Elephants and their diseases
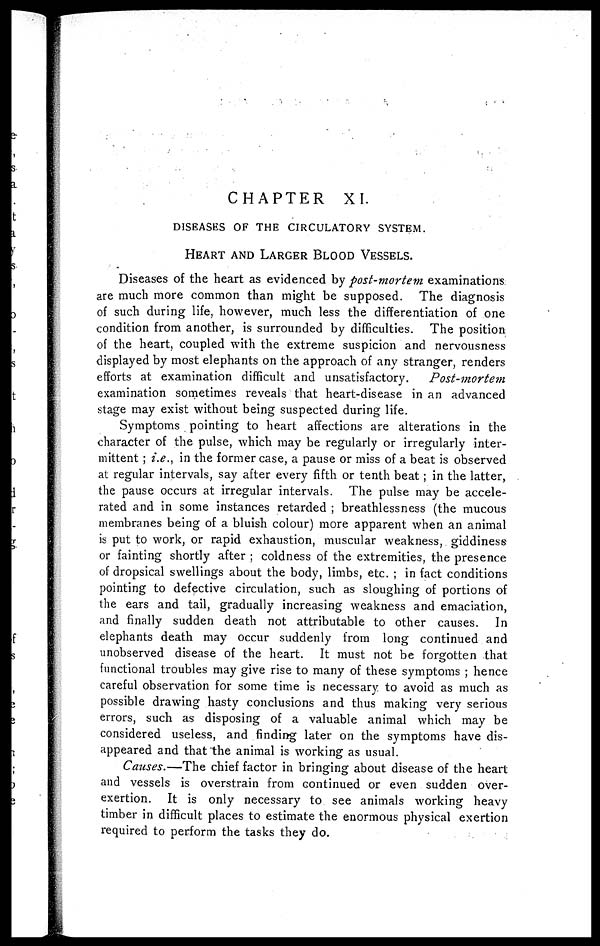
CHAPTER XI.
DISEASES OF THE CIRCULATORY SYSTEM.
HEART AND LARGER BLOOD VESSELS.
Diseases of the heart as evidenced by post-mortem examinations
are much more common than might be supposed. The diagnosis
of such during life, however, much less the differentiation of one
condition from another, is surrounded by difficulties. The position
of the heart, coupled with the extreme suspicion and nervousness
displayed by most elephants on the approach of any stranger, renders
efforts at examination difficult and unsatisfactory.
Post-mortem
examination sometimes reveals that heart-disease in an advanced
stage may exist without being suspected during life.
Symptoms pointing to heart affections are alterations in the
character of the pulse, which may be regularly or irregularly inter-
mittent ; i.e., in the former case, a pause or miss of a beat is observed
at regular intervals, say after every fifth or tenth beat ; in the latter,
the pause occurs at irregular intervals. The pulse may be accele-
rated and in some instances retarded ; breathlessness (the mucous
membranes being of a bluish colour) more apparent when an animal
is put to work, or rapid exhaustion, muscular weakness, giddiness
or fainting shortly after ; coldness of the extremities, the presence
of dropsical swellings about the body, limbs, etc. ; in fact conditions
pointing to defective circulation, such as sloughing of portions of
the ears and tail, gradually increasing weakness and emaciation,
and finally sudden death not attributable to other causes. In
elephants death may occur suddenly from long continued and
unobserved disease of the heart. It must not be forgotten that
functional troubles may give rise to many of these symptoms ; hence
careful observation for some time is necessary to avoid as much as
possible drawing hasty conclusions and thus making very serious
errors, such as disposing of a valuable animal which may be
considered useless, and finding later on the symptoms have dis-
appeared and that the animal is working as usual.
Causes.—The chief factor in bringing about disease of the heart
and vessels is overstrain from continued or even sudden over-
exertion. It is only necessary to see animals working heavy
timber in difficult places to estimate the enormous physical exertion
required to perform the tasks they do.